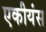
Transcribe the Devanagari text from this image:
एकीयंस